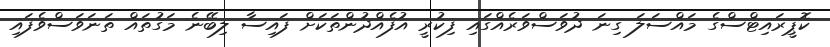
ކޮޕީރައިޓްސްގެ މައްސަލަ ގިނަ ދުވަސްވަރެއްގައި ފިކުރީ އުފެއްދުންތަކަށް ފައިސާ ލިބޭނެ މަގުތައް ތަނަވަސްވެފައި